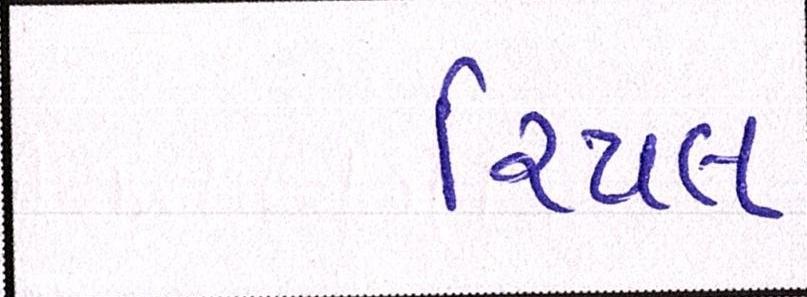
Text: રિયલ